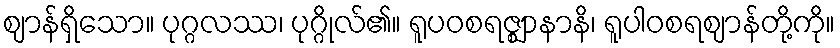
ဈာန်ရှိသော။ ပုဂ္ဂလဿ၊ ပုဂ္ဂိုလ်၏။ ရူပဝစရဇ္ဈာနာနိ၊ ရူပါဝစရဈာန်တို့ကို။